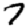
Digit: 7